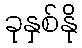
ခုနှစ်နို